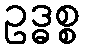
ဥဒ္ဓစ္စ